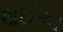
થઈઅ